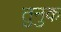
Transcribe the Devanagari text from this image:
तुनुक